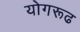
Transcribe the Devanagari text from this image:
योगरूढ